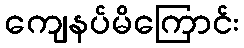
ကျေနပ်မိကြောင်း